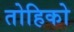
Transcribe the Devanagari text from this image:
तोहिको